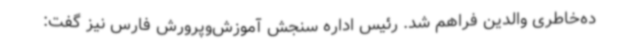
ده‌خاطری والدین فراهم شد. رئیس اداره سنجش آموزش‌وپرورش فارس نیز گفت: